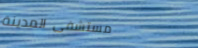
مستشفى المدينة